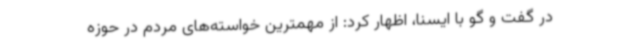
در گفت و گو با ایسنا، اظهار کرد: از مهمترین خواسته‌های مردم در حوزه